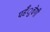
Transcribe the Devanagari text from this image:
पहँुचेगी